Civil Veterinary Dept. North-West Frontier Province 1901-22 - 1901-1922
Year: 1901
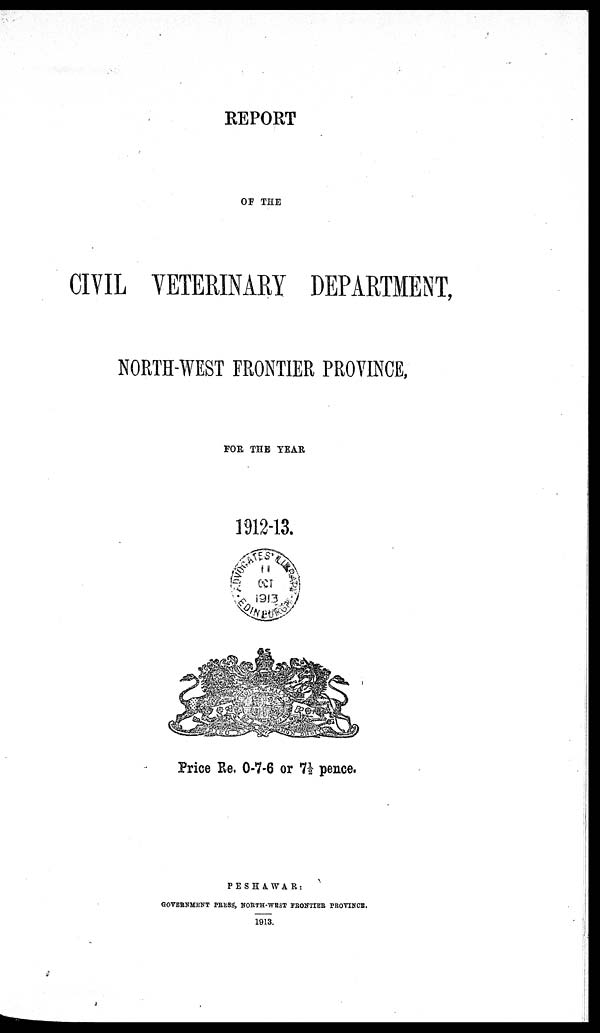
REPORT
OF THE
CIVIL VETERINARY DEPARTMENT,
NORTH-WEST FRONTIER PROVINCE,
FOR THE YEAR
1912-13.
Price Re. 0-7-6 or 7½ pence.
PESHAWAR :
GOVERNMENT PRESS, NORTH-WEST FRONTIER PROVINCE.
1913.